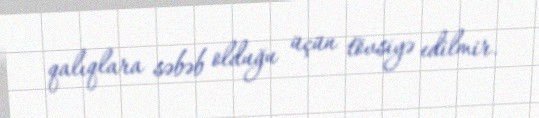
qalıqlara səbəb olduğu üçün tövsiyə edilmir.